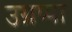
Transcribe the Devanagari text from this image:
उग्रप्पा